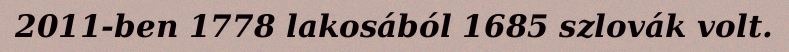
2011-ben 1778 lakosából 1685 szlovák volt.